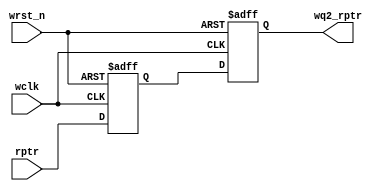
// distributed under the mit license
// https://opensource.org/licenses/mit-license.php

`timescale 1 ns / 1 ps
`default_nettype none

module sync_r2w

    #(
    parameter ASIZE = 4
    )(
    input  wire              wclk,
    input  wire              wrst_n,
    input  wire [ASIZE:0] rptr,
    output reg  [ASIZE:0] wq2_rptr
    );

    reg [ASIZE:0] wq1_rptr;

    always @(posedge wclk or negedge wrst_n) begin

        if (!wrst_n)
            {wq2_rptr,wq1_rptr} <= 0;
        else
            {wq2_rptr,wq1_rptr} <= {wq1_rptr,rptr};

    end

endmodule

`resetall